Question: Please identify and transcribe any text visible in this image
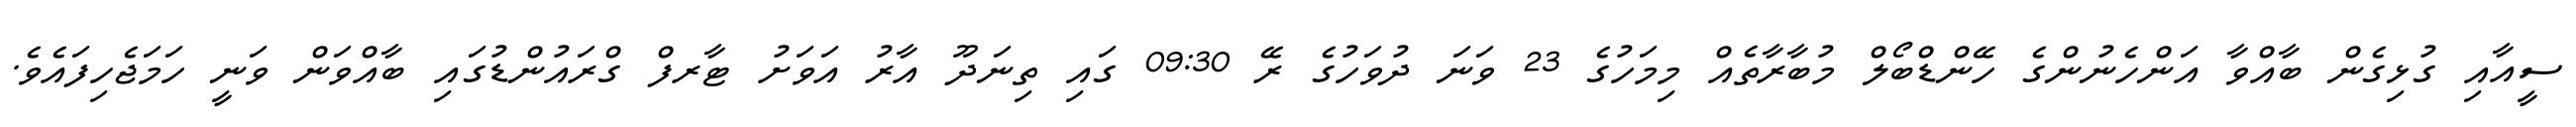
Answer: ސީއާއި ގުޅިގެން ބާއްވާ އަންހެނުންގެ ހޭންޑްބޯލް މުބާރާތެއް މިމަހުގެ 23 ވަނަ ދުވަހުގެ ރޭ 09:30 ގައި ތިނަދޫ އާރު އަވަށު ޓާރފް ގްރައުންޑުގައި ބާއްވަން ވަނީ ހަމަޖެހިފައެވެ.